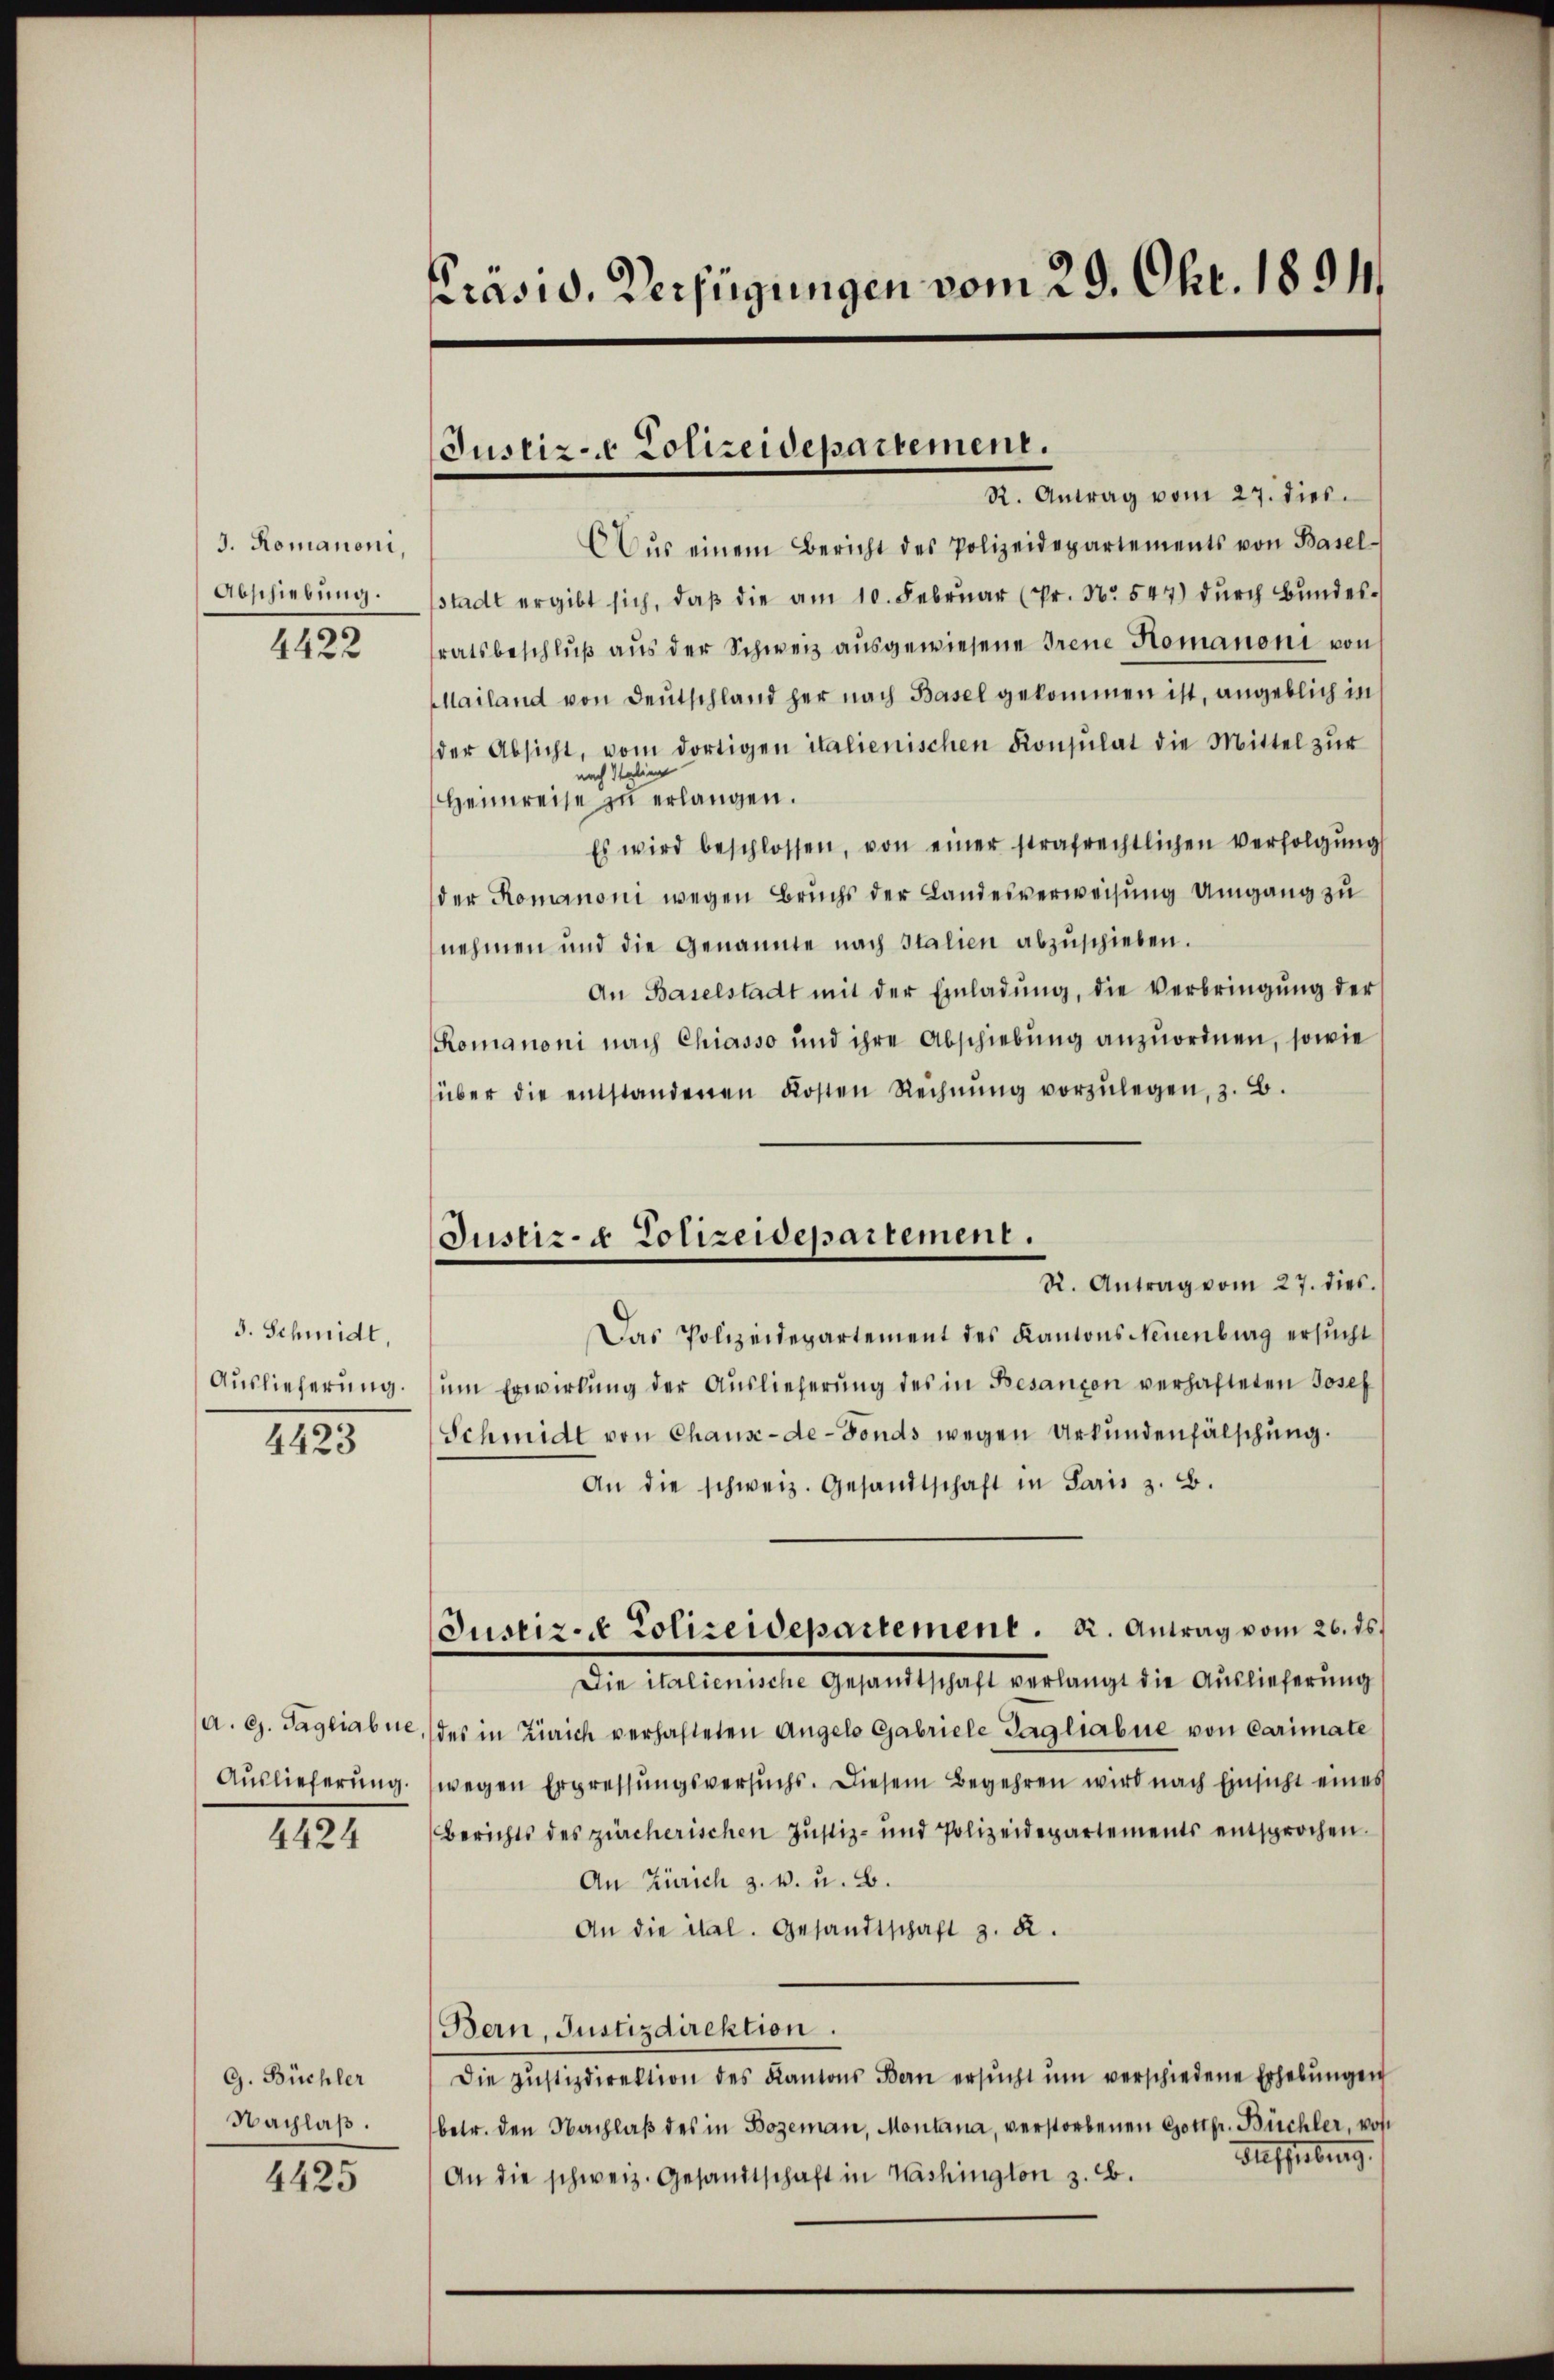
J. Romanoni,
Abschiebung.

4422

3. Schmidt,
Auslieferung.
4423

Auslieferung.

4424

G. Büchler
Nachlaß.

4425

prasis, Verfügungen vom 29. Okt. 1891

R. Antrag vom 27. dies.
Dŭs einem Bericht des Polizeidepartements von Basel-
stadt ergibt sich, daß die am 10. Februar (Pr. No. 547) durch Bundesratsbeschluß aus der Schweiz ausgewiesene Treue Homanoni von
Mailand von Deutschland her nach Basel gekommen ist, angeblich in
der Absicht, vom dortigen italienischen Konsulat die Mittel zŭr
nach Italien
Heimreise zu erlangen.
Es wird beschlossen, von einer strafrechtlichen Verfolgŭng
der Romanoni wegen Bruchs der Landesverweisung Umgang zu
nehmen und die Genannte nach Italien abzŭschieben.
An Baselstadt mit der Einladŭng, die Verbringŭng der
Romanoni nach Chiasso und ihre Abschiebung anzuordnen, sowie
über die entstandenen Kosten Rechnŭng vorzŭlegen, z. B.
Das Polizeidepartement des Kantons Neuenburg ersucht
um Erwirkung der Auslieferung des in Besanzen verhafteten Josef
Schmidt von Chaux-de-Fonds wegen Urkundenfälschung.
An die schweiz. Gesandtschaft in Paris z. B.
Justiz- & Polizeidepartement. K. Antrag vom 26. ds.
Die italienische Gesandtschaft verlangt die Auslieferung
a. g. Tagliabue, des in Zürich verhafteten Angelo Gabriele Tagliabue von Carimate
wegen Erpressŭngsversuchs. Diesem Begehren wird nach Einsicht eines
Berichts des zürcherischen Justiz- und Polizeidepartements entsprochen.
An Zürich z. v. u. B.
An die ital. Gesandtschaft z. B.
Bern, Justizdirektion.
Die zŭstizdirektion des Kantons Bern ersŭcht ŭm verschiedene Erhebŭngen
betr. den Nachlaβ des in Bozeman, Montana, verstorbenen Gottfr. Büchler, von
Aufhebung
An die schweiz. Gesandtschaft in Washington z. B.

Justiz- Polizeidepartement.

Justiz- & Polizeidepartement.
R. Antrag vom 27. dies.